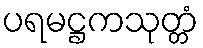
ပရမဋ္ဌကသုတ္တံ